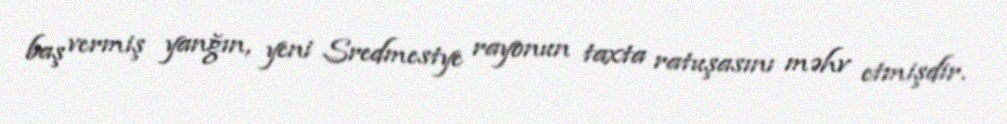
baş vermiş yanğın, yeni Sredmestye rayonun taxta ratuşasını məhv etmişdir.